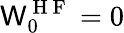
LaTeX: \mathsf{W}_{0}^{\mathrm{{~H~F~}}}=0